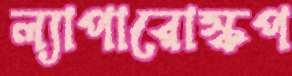
ল্যাপারোস্কপ